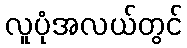
လူပုံအလယ်တွင်